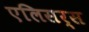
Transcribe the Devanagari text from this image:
एलिसर्स